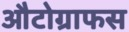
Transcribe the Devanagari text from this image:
औटोग्राफस